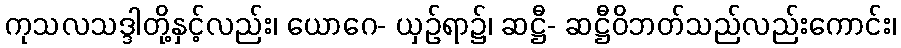
ကုသလသဒ္ဒါတို့နှင့်လည်း၊ ယောဂေ- ယှဉ်ရာ၌၊ ဆဋ္ဌီ- ဆဋ္ဌီဝိဘတ်သည်လည်းကောင်း၊